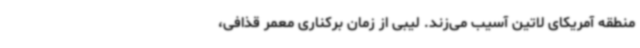
منطقه آمریکای لاتین آسیب می‌زند. لیبی از زمان برکناری معمر قذافی،